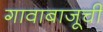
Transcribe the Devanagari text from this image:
गावाबाजूची